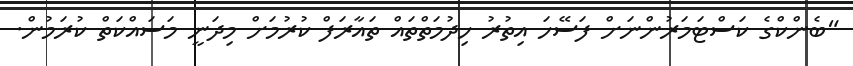
"ބެންކްގެ ކަސްޓަމަރުންނަށް ފަސޭހަ އިތުރު ހިދުމަތްތައް ތައާރަފް ކުރުމަށް މިދަނީ މަސައްކަތް ކުރަމުން.